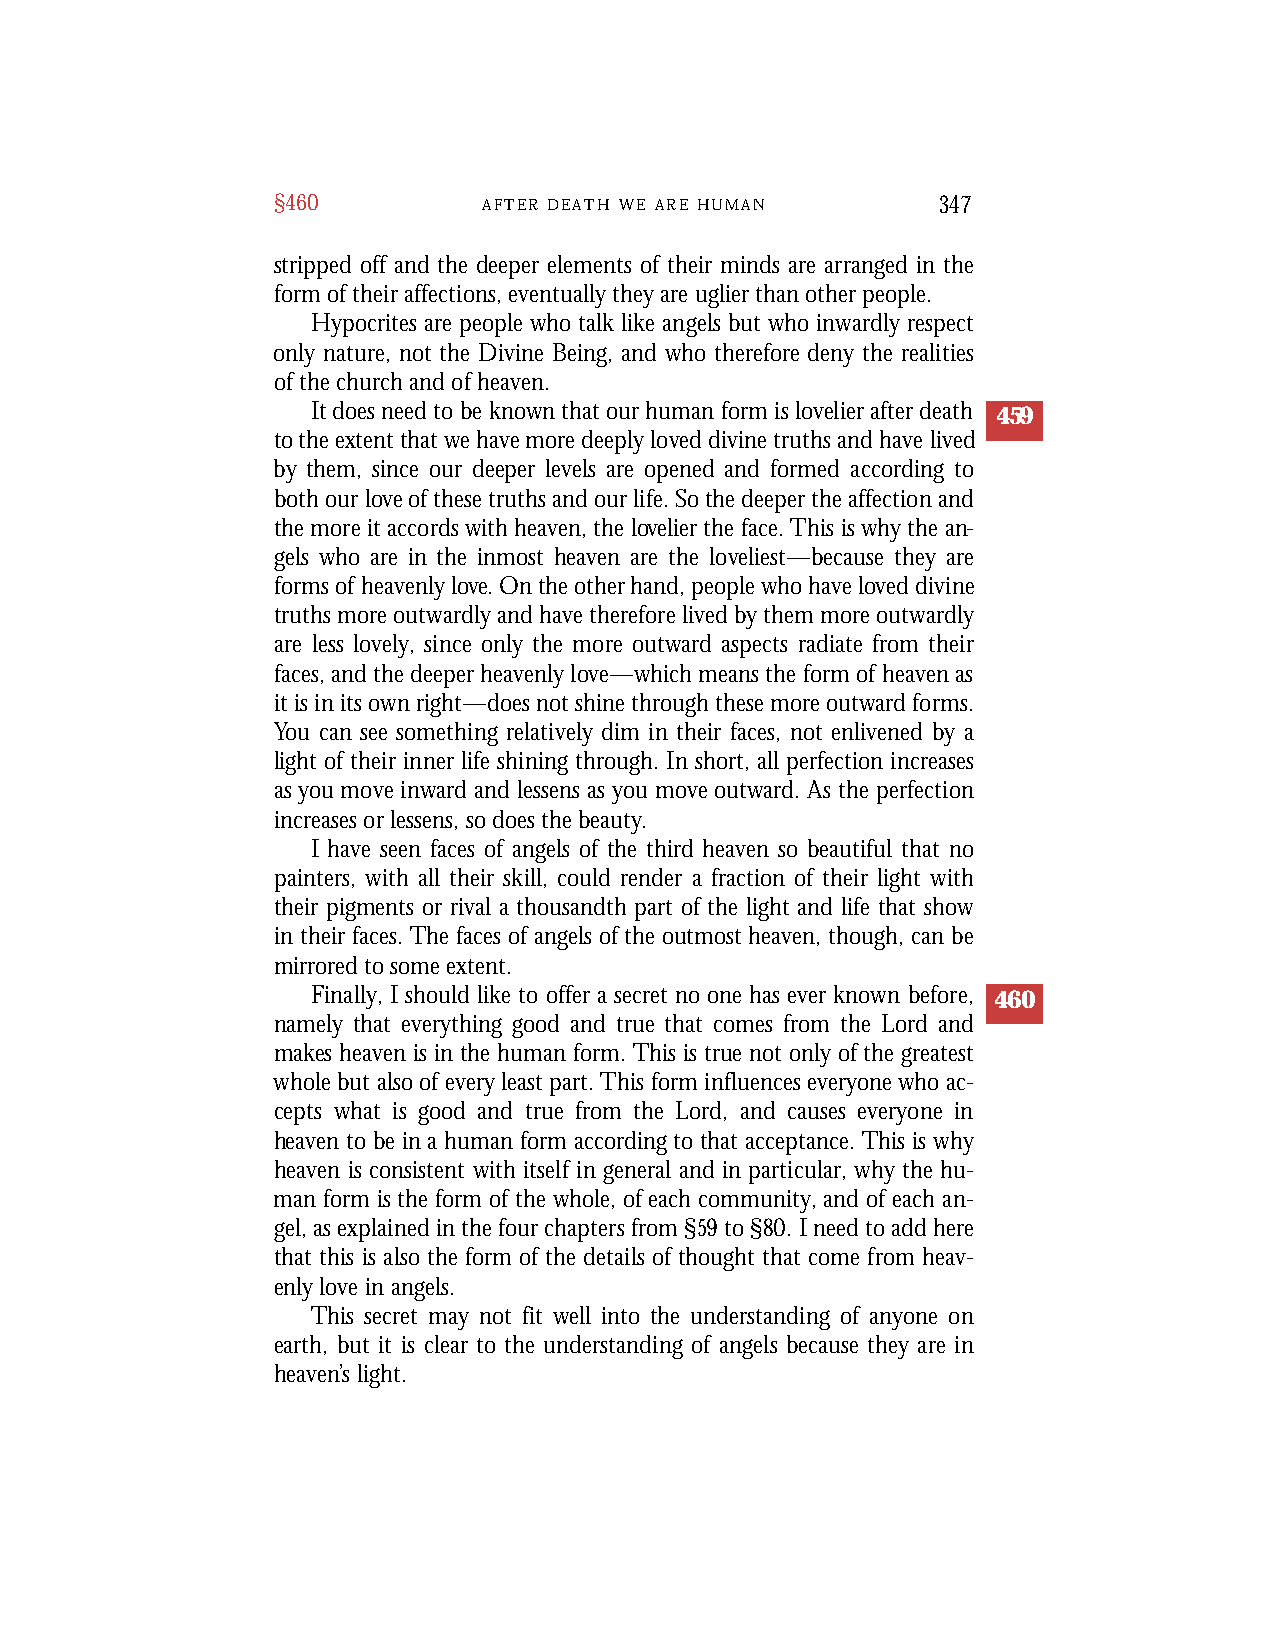
§460          A F T E R D E A T H W E A R E H U M A N 347
 stripped off and the deeper elements of their minds are arranged in the
 form of their affections, eventually they are uglier than other people.
 Hypocrites are people who talk like angels but who inwardly respect
 only nature, not the Divine Being, and who therefore deny the realities
 of the church and of heaven.
 It does need to be known that our human form is lovelier after death 459
 to the extent that we have more deeply loved divine truths and have lived
 by them, since our deeper levels are opened and formed according to
 both our love of these truths and our life. So the deeper the affection and
 the more it accords with heaven, the lovelier the face. This is why the an-
 gels who are in the inmost heaven are the loveliest—because they are
 forms of heavenly love. On the other hand, people who have loved divine
 truths more outwardly and have therefore lived by them more outwardly
 are less lovely, since only the more outward aspects radiate from their
 faces, and the deeper heavenly love—which means the form of heaven as
 it is in its own right—does not shine through these more outward forms.
 You can see something relatively dim in their faces, not enlivened by a
 light of their inner life shining through. In short, all perfection increases
 as you move inward and lessens as you move outward. As the perfection
 increases or lessens, so does the beauty.
 I have seen faces of angels of the third heaven so beautiful that no
 painters, with all their skill, could render a fraction of their light with
 their pigments or rival a thousandth part of the light and life that show
 in their faces. The faces of angels of the outmost heaven, though, can be
 mirrored to some extent.
 Finally, I should like to offer a secret no one has ever known before, 460
 namely that everything good and true that comes from the Lord and
 makes heaven is in the human form. This is true not only of the greatest
 whole but also of every least part. This form influences everyone who ac-
 cepts what is good and true from the Lord, and causes everyone in
 heaven to be in a human form according to that acceptance. This is why
 heaven is consistent with itself in general and in particular, why the hu-
 man form is the form of the whole, of each community, and of each an-
 gel, as explained in the four chapters from §59to §80. I need to add here
 that this is also the form of the details of thought that come from heav-
 enly love in angels.
 This secret may not fit well into the understanding of anyone on
 earth, but it is clear to the understanding of angels because they are in
 heaven’s light.